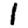
Digit: 1